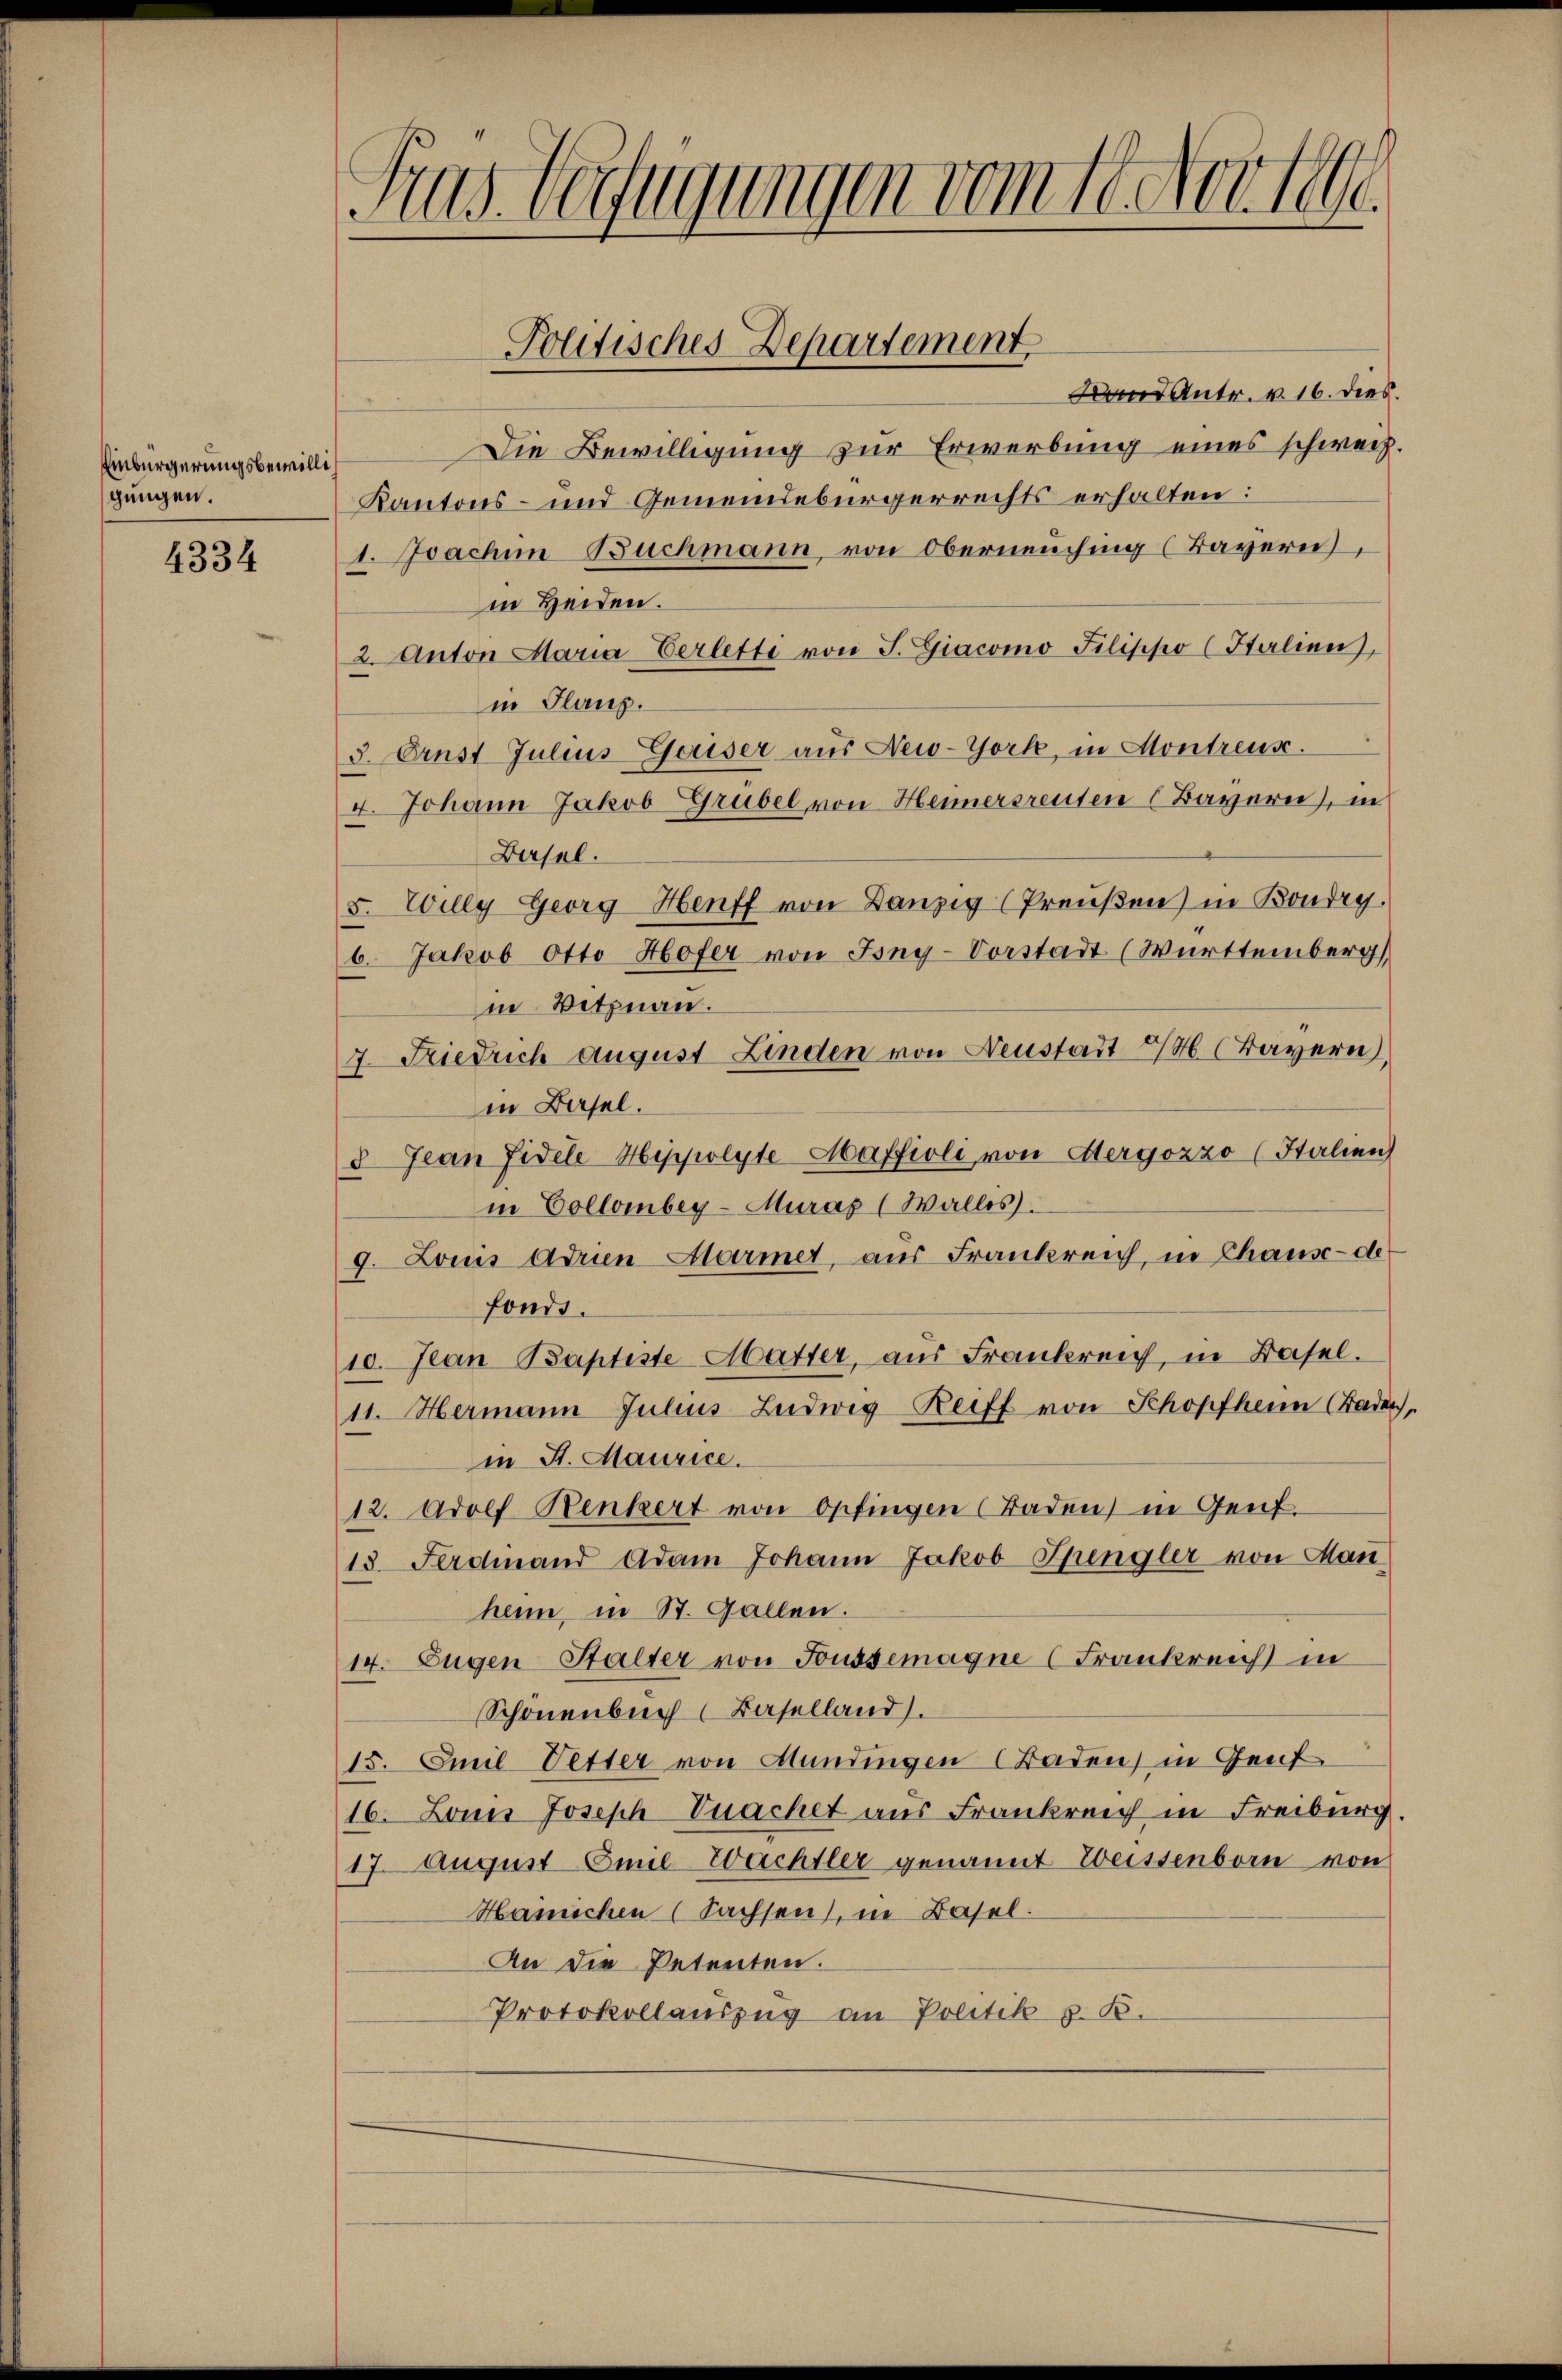
Einbürgerungsbewilligungen.

4334

Gras Verfügungen vom 10. Nov. 1890.

Dan Antr. v. 16. dies
Die Bewilligung zur Erwerbung eines schweiz.
Kantons- und Gemeindebürgerrechts erhalten:
1. Joachim Buchmann, von Oberneuching (Bayern,
in Heiden.
2. Anton Maria Verletti von J. Giacomo Filippo (Stalien),
in Glanz.
3. Ernst Julius Gaiser aus New-York, in Montreux.
4. Johann Jakob Grubel von Heimersreuten (Bayern), in
Dersel
5. Willy Georg Heuff von Danzig (Preußen) in Boudry
6. Jakob Otto Hofer von Iong-Vorstadt (Württemberg
in Vitznau.
7. Friedrich August Linden von Neustadt 16 (Bayern,
in Basel.
8. Jean Fidele Hypolyte Haffioli von Mergozzo (Italien
in Collomber-Murap (Walles.
9. Louis aduen Marmet, aus Frankreich, in Chause-de
fonds.
10. Jean Baptiste Matter, aus Frankreich, in Basel.
11. Hermann Julius Ludwig Reiff von Schopfheim (Baden
in St. Maurice.
12. Adolf Benkert von Optingen (Baden, in Genf.
13. Ferdinand Adam Johann Jakob Spengler von Mau
heim, in St. Gallen.
14. Eugen Halter von Toussemagne (Frankreich in
Schönenbuch Baselland.
15. Emil Vetter von Mundingen Baden) in Genf
16. Louis Joseph Vuachet aus Frankreich in Freiburg.
17. August Emil Wächtler genannt Weissenborn von
Hamichen (Sachsen, in Basel.
An die Petenten.
Protokollauszug an Politik z. B.

Politisches Departement,